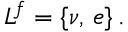
L ^ { f } = \{ \nu , \, e \} \, .